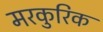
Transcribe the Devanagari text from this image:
मरकुरिक